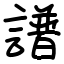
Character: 譜